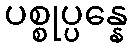
ပစ္စုပ္ပန္နေ